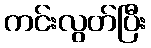
ကင်းလွတ်ပြီး